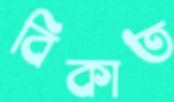
বিকাত